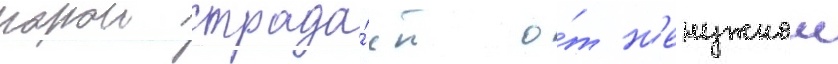
порои страда́ет о́т н'енужнои